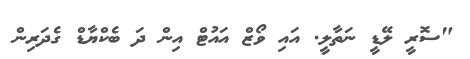
"ސޮރީ ލޭޑީ ނަތާލީ. އައި ވޯޒް އައުޓް އިން ދަ ބެކްޔާޑް ގެދަރިން